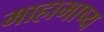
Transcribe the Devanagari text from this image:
माहाभाष्य